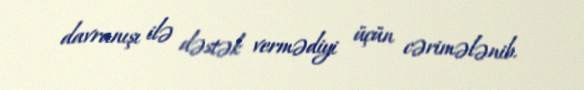
davranışı ilə dəstək vermədiyi üçün cərimələnib.